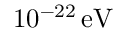
1 0 ^ { - 2 2 } \, \mathrm { e V }